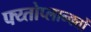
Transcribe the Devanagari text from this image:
फ्य्तोप्लान्क्तों